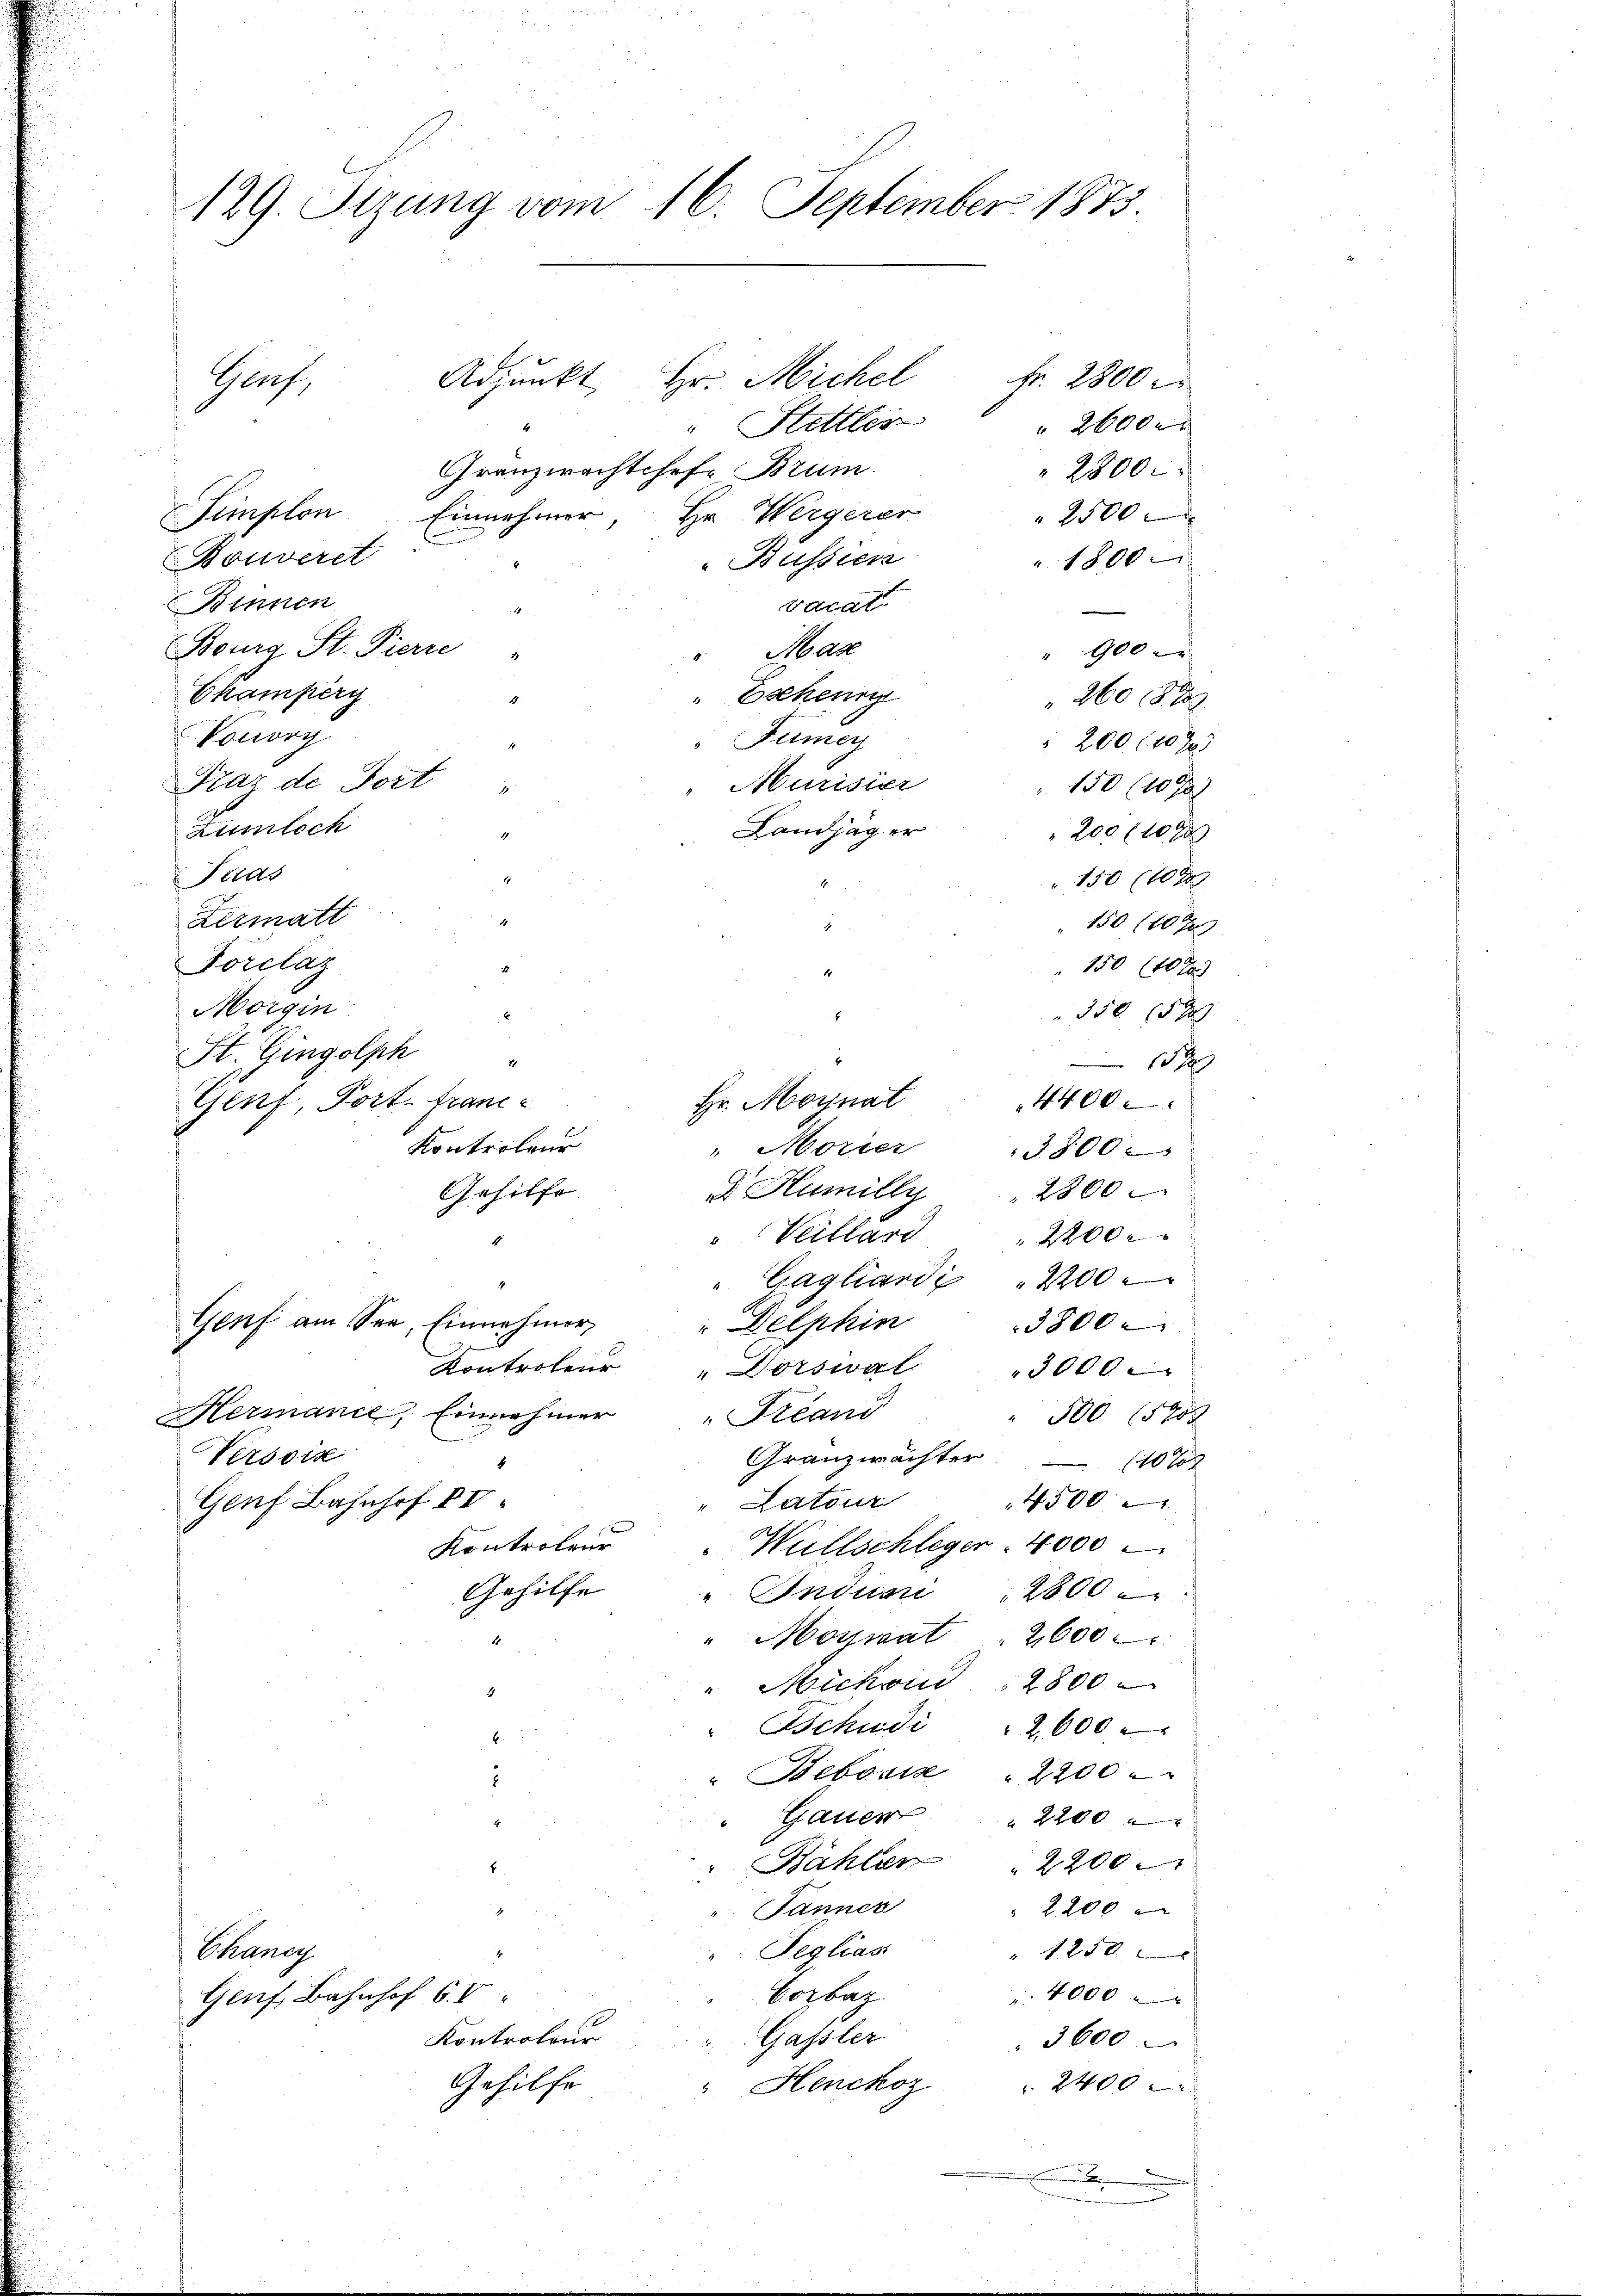
129. Sizung vom 16. September 1873

Fr. 2800
Adjunkt, Hr. Michel
"Stettler
2600 x
Granzwachtchef. Brum.
2800.
Simplon Einnehmer, Hr. Wergerer
" 2500
1800
Bouverst
 Bussier
Binnen
vocat
Bourg St. Pierre
Man
" 900
Ekampery
" Escheur
260 15 x
Vonory
Fümey
 200 f 20 x
Frar de Tort
Murisier
150 (109
Kuntsch
Landjäger
 200 f 10 x
Tras
150 (14
dermatt
150 (107
Porclaz
150 f 40 x
Morgin
30 15 x
St. Gingolph
15 x
Genf, Port- Franz-
4400
Hr. Moynat
Kontroleur
"Mörter
3800
2800
 Humilly
Gehilfe
Veillari
 2200 x
"Gagliardi  2200
Genf am See, Einnehmer,
Delphin
3800.
Kontroler " Corswat 3000.
Hermanie, Einnahmer "Preand
300. 1570
Verson
Granzwachter (107
4
4500
Latour
Genf Bahnhof II
Willschleger 4000
Kontroleur
Gehilfe
" Induari 2800
"Moywat . 2600
" Michon 2800
"Bschudi 2 600
"Bebonis 2200
Gauer " 2200
Bählen " 2200.
Janner
2200 x
Peglias
" 1250
Schand
4000
Corbaz.
Genf, Bahnhof 6. V
Gassler.
Kontroleur
3600
Gehilfe
Henckoz
2400 x
.

Garf,